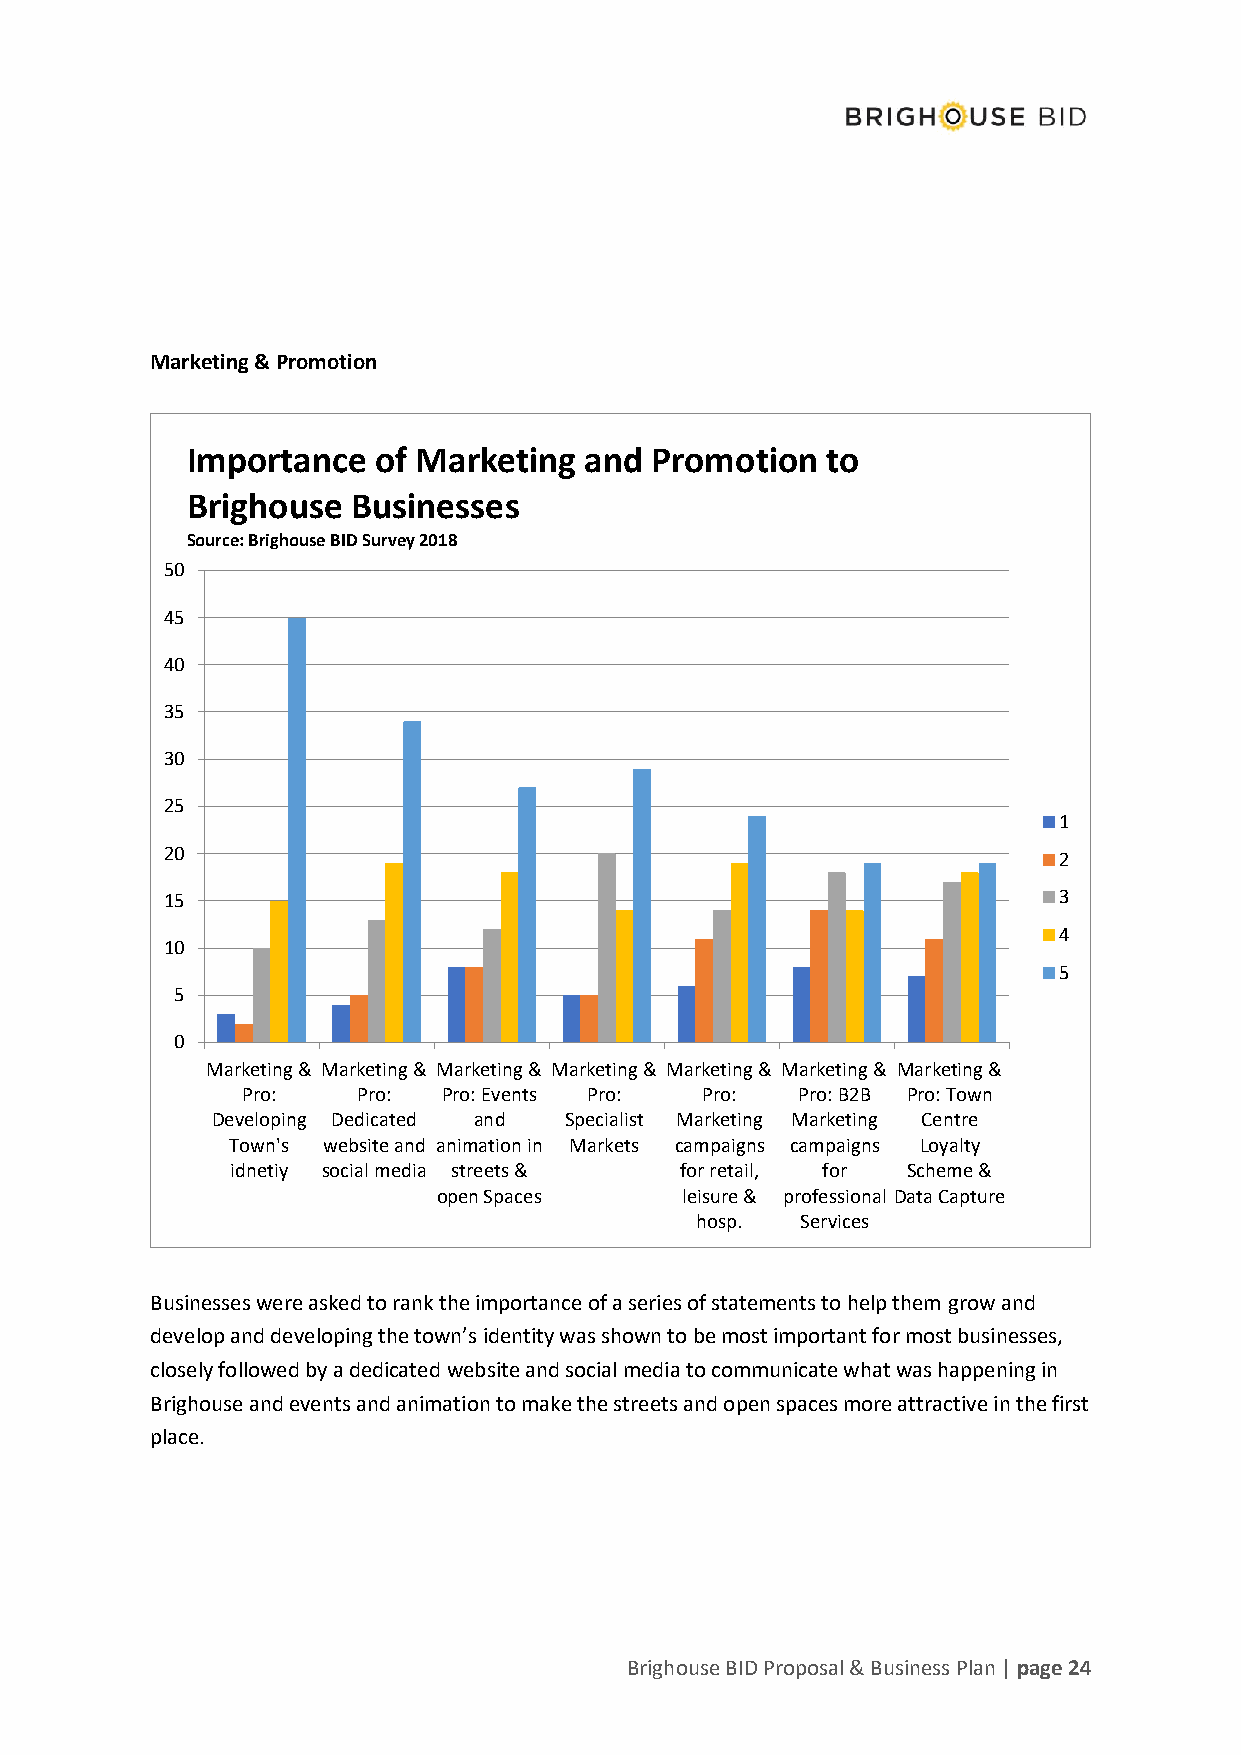
Marketing & Promotion
 Importance   of Marketing  and Promotion   to
 Brighouse  Businesses
 Source: Brighouse BID Survey 2018
 50
 45
 40
 35
 30
 25
 1
 20                                                         2
 15                                                         3
 4
 10
 5
 5
 0
 Marketing & Marketing & Marketing & Marketing & Marketing & Marketing & Marketing &
 Pro:    Pro: Pro: Events Pro: Pro:   Pro: B2B Pro: Town
 Developing Dedicated and Specialist Marketing Marketing Centre
 Town's website and animation in Markets campaigns campaigns Loyalty
 idnetiy social media streets & for retail, for Scheme &
 open Spaces     leisure & professional Data Capture
 hosp.  Services
 Businesses were asked to rank the importance of a series of statements to help them grow and
 develop and developing the town’s identity was shown to be most important for most businesses,
 closely followed by a dedicated website and social media to communicate what was happening in
 Brighouse and events and animation to make the streets and open spaces more attractive in the first
 place.
 Brighouse BID Proposal & Business Plan | page 24